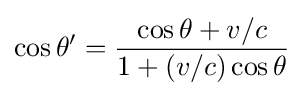
\cos \theta '={\frac {\cos \theta +v/c}{1+(v/c)\cos \theta }}